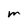
Character: m